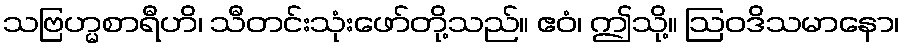
သဗြဟ္မစာရီဟိ၊ သီတင်းသုံးဖော်တို့သည်။ ဧဝံ၊ ဤသို့။ ဩဝဒိသမာနော၊